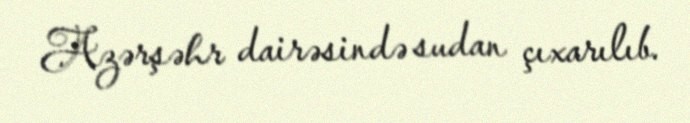
Azərşəhr dairəsində sudan çıxarılıb.